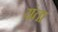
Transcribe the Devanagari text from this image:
यंता